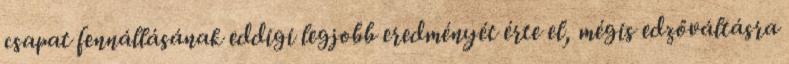
csapat fennállásának eddigi legjobb eredményét érte el, mégis edzőváltásra